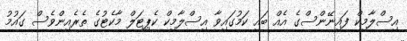
އިސްލާމިކް ފައިނޭންސްގެ އެއް ބައި ކަމުގައިވާ އިސްލާމިކް ކެޕިޓަލް މާކެޓުގެ ތެރެއިންވެސް ގައުމު